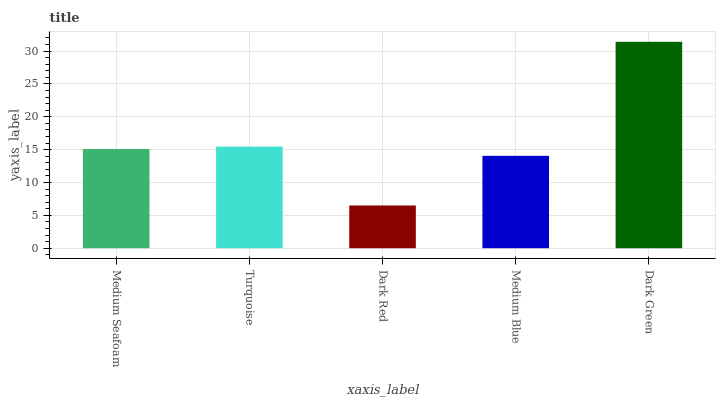
| xaxis_label | bars |
 | --- | --- |
 | Medium Seafoam | 15.1 |
 | Turquoise | 15.5 |
 | Dark Red | 6.5 |
 | Medium Blue | 14.1 |
 | Dark Green | 31.4 |